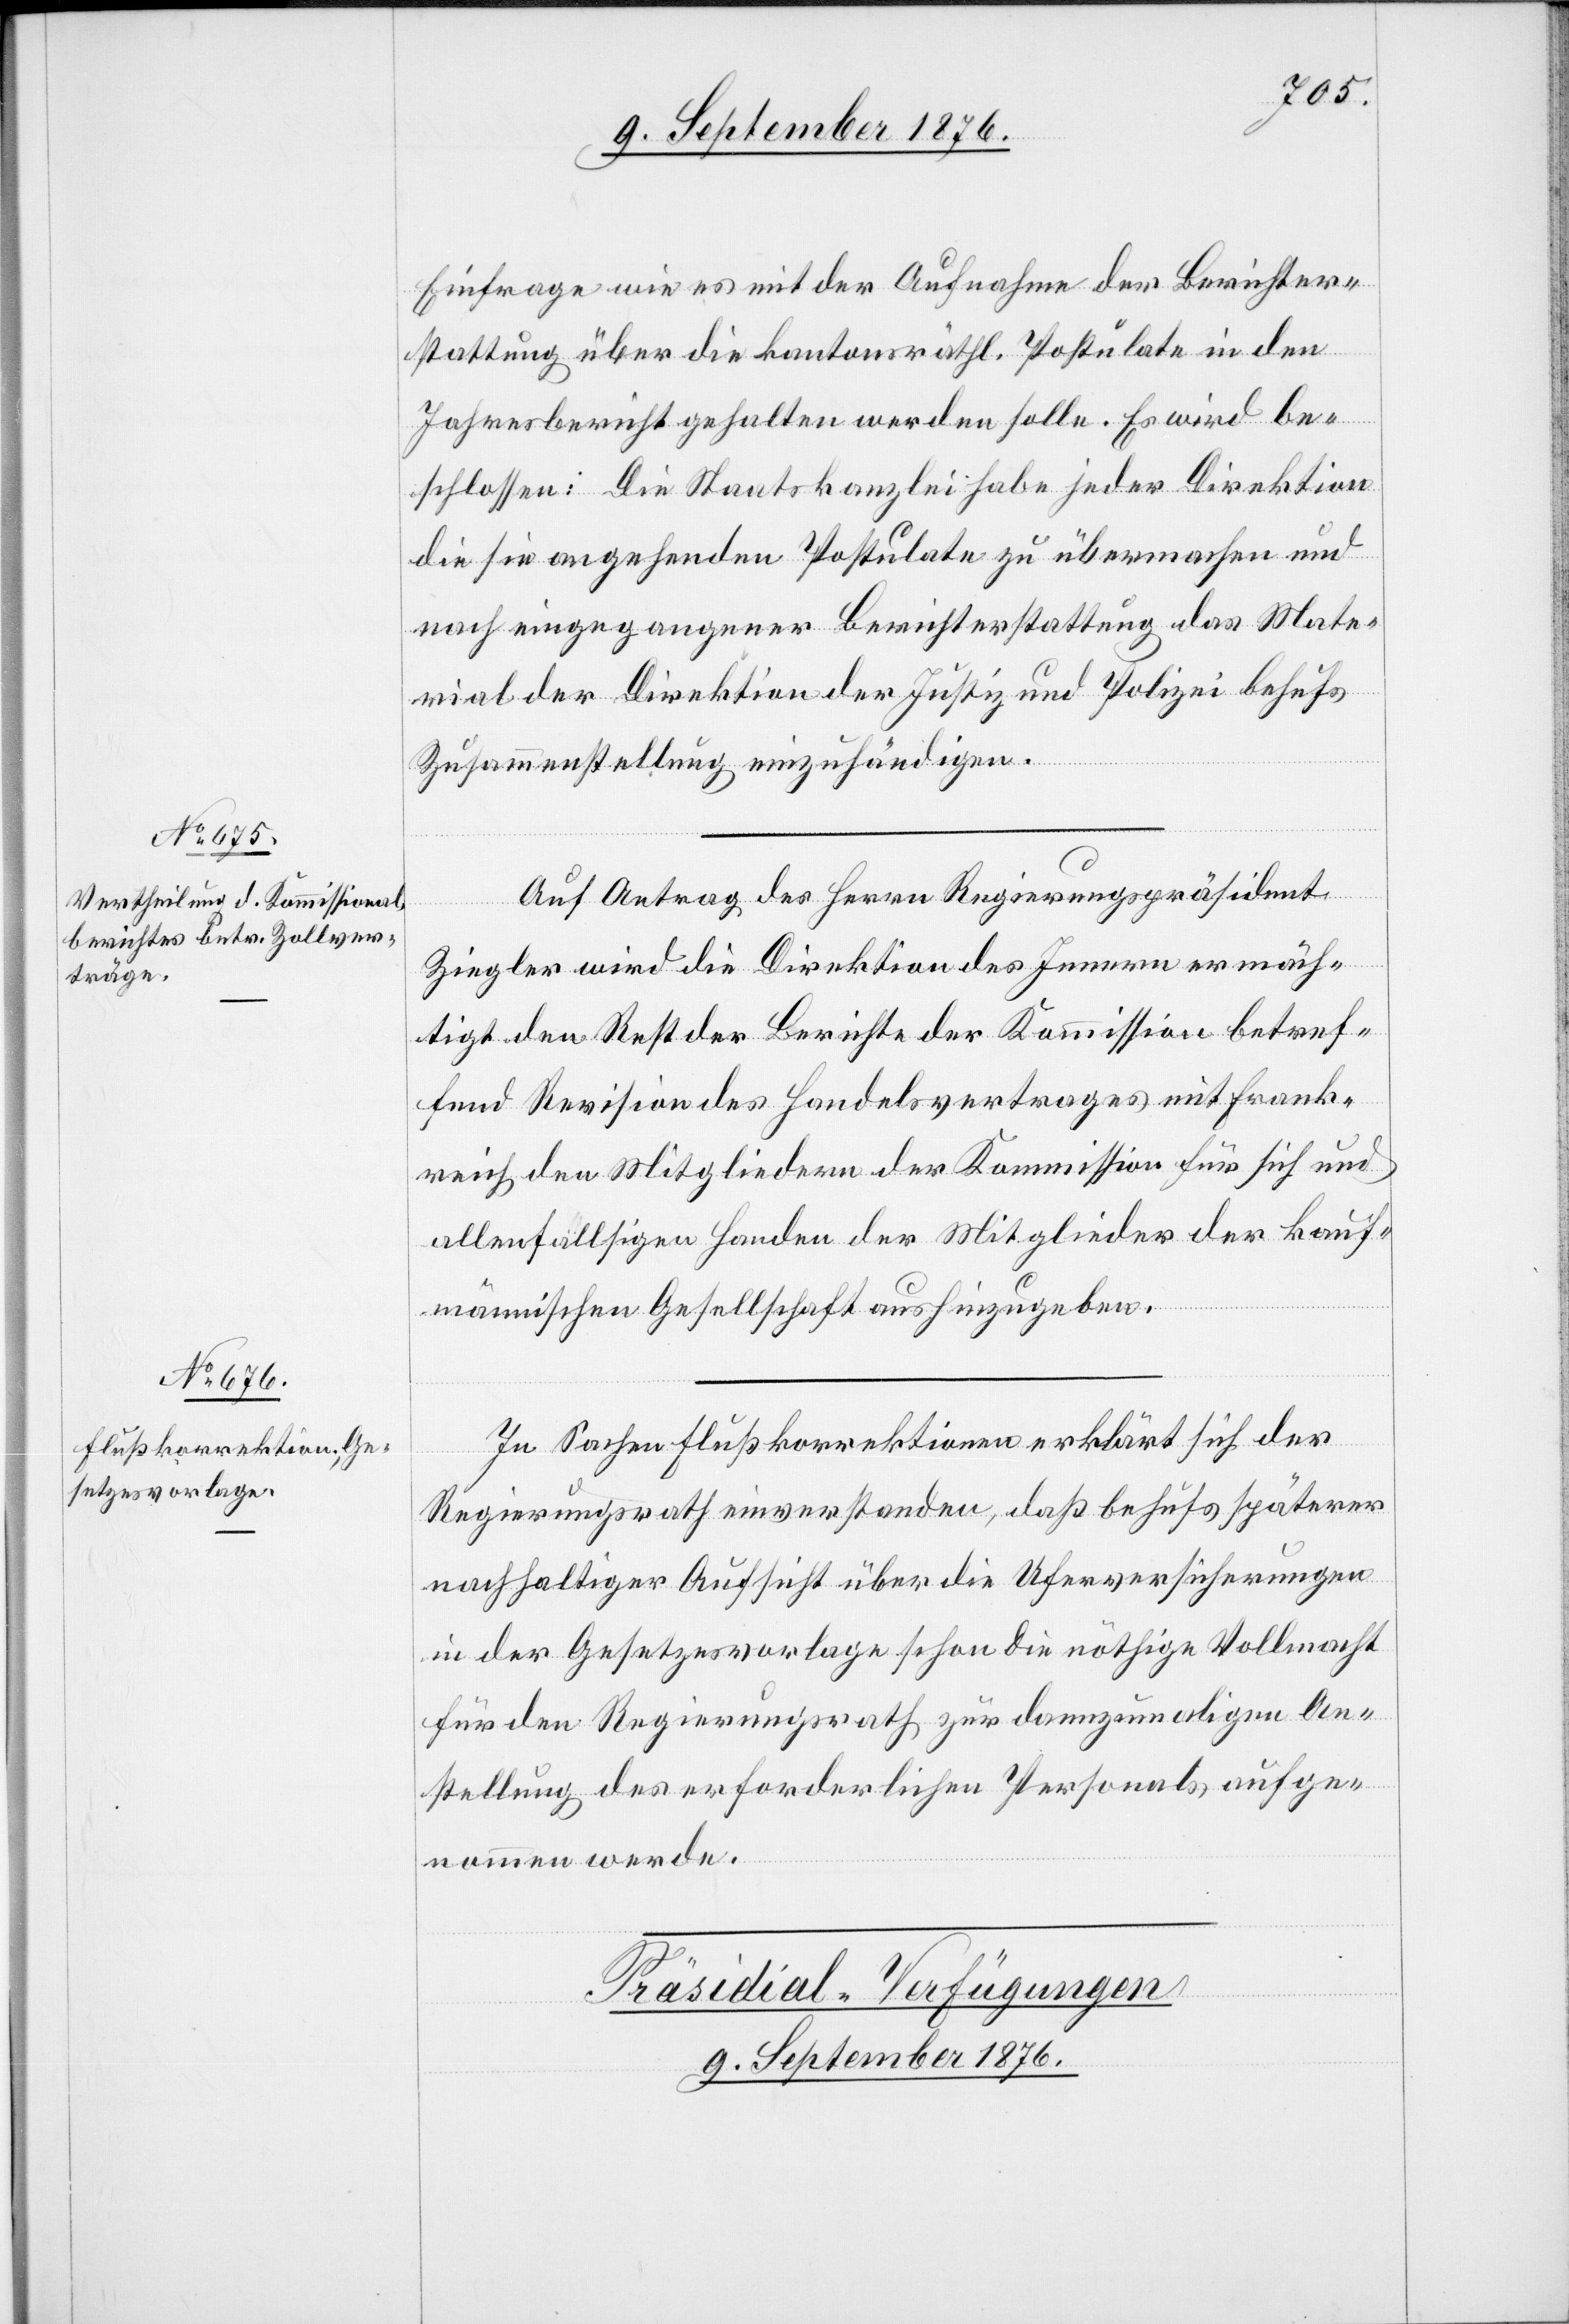
Einfrage wie es mit der Aufnahme der Berichter¬
stattung über die kantonsräthl. Postulate in den
Jahresbericht gehalten werden solle. Es wird be¬
schlossen: Die Staatskanzlei habe jeder Direktion
die sie angehenden Postulate zu übermachen und
nach eingegangener Berichterstattung das Mate¬
rial der Direktion der Justiz und Polizei behufs
Zusammenstellung einzuhändigen.
Auf Antrag des Herrn Regierungspräsident
Ziegler wird die Direktion des Innern ermäch¬
tigt den Rest der Berichte der Kommission betref¬
fend Revision des Handelsvertrages mit Frank¬
reich den Mitgliedern der Kommission für sich und
allfälligen Handen der Mitglieder der kauf¬
männischen Gesellschaft aushinzugeben.
In Sachen Flußkorrektionen erklärt sich der
Regierungsrath einverstanden, daß behufs späterer
nachhaltiger Aufsicht über die Uferversicherungen
in der Gesetzesvorlage schon die nöthige Vollmacht
für den Regierungsrath zur dannzumaligen An¬
stellung des erforderlichen Personals aufge¬
nommen werde.
Präsidial-Verfügungen
9. September 1876.